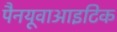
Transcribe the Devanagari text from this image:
पैनयूवाआइटिक